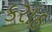
કરાઠ